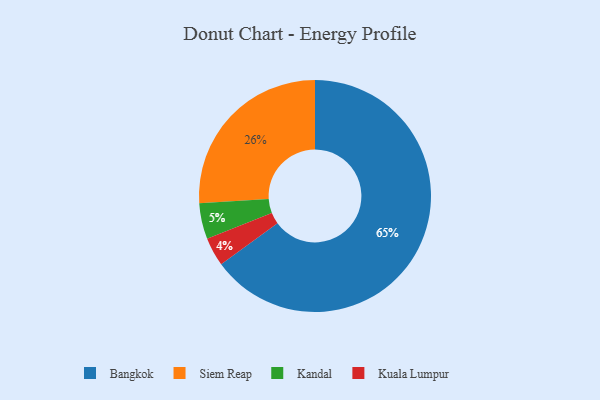
{"axis": {"x": "Category", "y": "Percentage"}, "legend": ["Bangkok", "Kandal", "Kuala Lumpur", "Siem Reap"], "data": [{"x": "Kandal", "y": 5, "type": "Kandal"}, {"x": "Siem Reap", "y": 26, "type": "Siem Reap"}, {"x": "Bangkok", "y": 65, "type": "Bangkok"}, {"x": "Kuala Lumpur", "y": 4, "type": "Kuala Lumpur"}]}